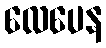
လေပေန